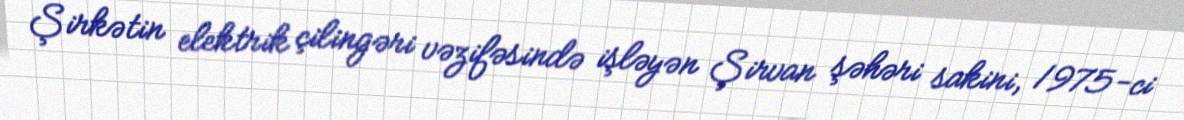
Şirkətin elektrik çilingəri vəzifəsində işləyən Şirvan şəhəri sakini, 1975-ci